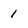
Character: 1